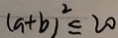
( a + b ) ^ { 2 } \leq 2 0